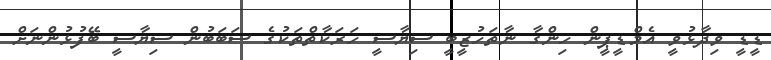
ޑީޑީ ވިދާޅުވީ އެމްޑީޕީން ހިންގާ ނާތަހުޒީބީ ސިޔާސީ ހަރަކާތްތަކުގެ ސަބަބުން ސިޔާސީ ބޭފުޅުންނަށް